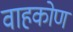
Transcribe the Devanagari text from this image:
वाहकोण